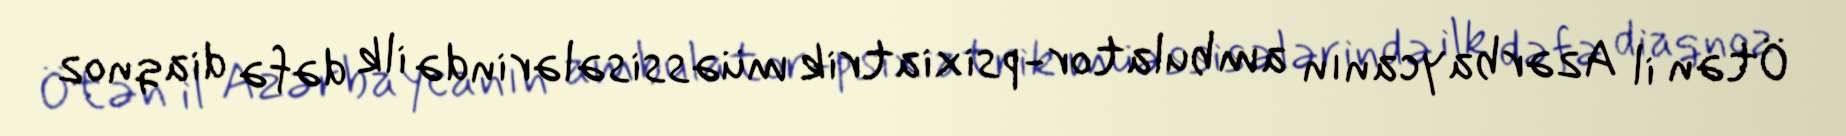
Ötən il Azərbaycanın ambulator-psixiatrik müəssisələrində ilk dəfə diaqnoz